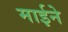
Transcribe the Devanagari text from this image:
माईने